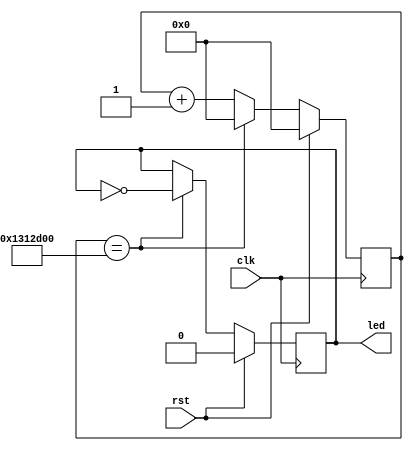
module blinky(input clk, input rst, output led);
    reg led;
	reg [24:0] prescaler = 0;

	localparam [24:0] prescaler_max   = 20000000; // 40MHz clk with 20M counter

	always @(posedge clk) begin
		if (rst) begin
			led <= 0;
			prescaler <= 0;
		end else begin
			prescaler <= prescaler + 1;
			if (prescaler == prescaler_max) begin
				prescaler <= 0;
				led <= ~led;
			end
		end
	end

endmodule